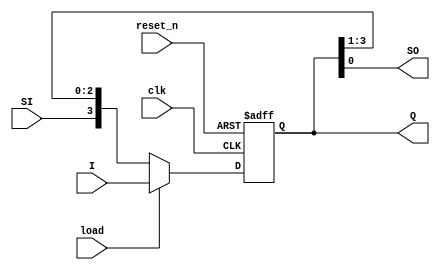
`timescale 1ns / 1ps
//////////////////////////////////////////////////////////////////////////////////
// Company: 
// Engineer: 
// 
// Design Name: 
// Module Name: shift_register_load
// Project Name: 
// Target Devices: 
// Tool Versions: 
// Description: 
// 
// Dependencies: 
// 
// Revision:
// Revision 0.01 - File Created
// Additional Comments:
// 
//////////////////////////////////////////////////////////////////////////////////


module shift_register_load
    #(parameter N = 4)(
        input clk,
        input  SI,
        input [N - 1:0] I,
        input load,
        input reset_n,
        output [N - 1:0] Q, //If we care about the content
        output SO        
    );
    
    reg [N - 1:0] Q_reg, Q_next;
    
    always @(posedge clk, negedge reset_n)
    begin
        if (!reset_n)
            Q_reg <= 0;
        else        
            Q_reg <= Q_next;
    end
    
    // Next state logic
    always @(Q_reg, SI, I)
    begin
        Q_next = Q_reg;
        if (load)
            Q_next = I;
        else
            // Right shift
            Q_next = {SI, Q_reg[N - 1: 1]};
    end
    
    // output logic
    assign SO = Q_reg[0];
    assign Q = Q_reg;
    
endmodule